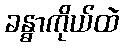
ခန္ဓာကိုယ်ထဲ